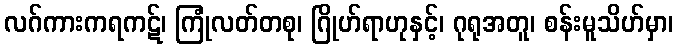
လဂ်ကားကရကဋ်၊ ကြုံလတ်တစု၊ ဂြိုဟ်ရာဟုနှင့်၊ ဂုရုအတူ၊ စန်းမူသိဟ်မှာ၊